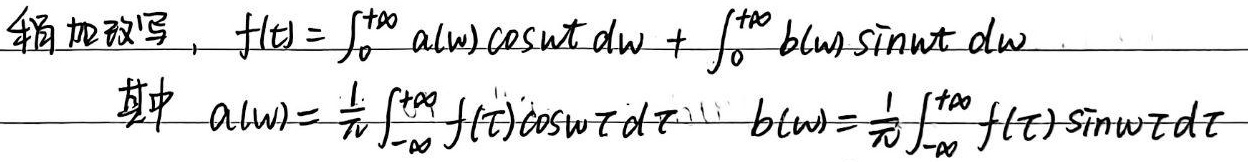
稍加改写，\(f(t)=\int_{0}^{+\infty} a(\omega)\cos\omega t\mathrm{d}\omega + \int_{0}^{+\infty} b(\omega)\sin\omega t\mathrm{d}\omega\)，其中
\(a(\omega)=\frac{1}{\pi}\int_{-\infty}^{+\infty} f(\tau)\cos\omega \tau\mathrm{d}\tau\)，\(b(\omega)=\frac{1}{\pi}\int_{-\infty}^{+\infty} f(\tau)\sin\omega \tau\mathrm{d}\tau\)